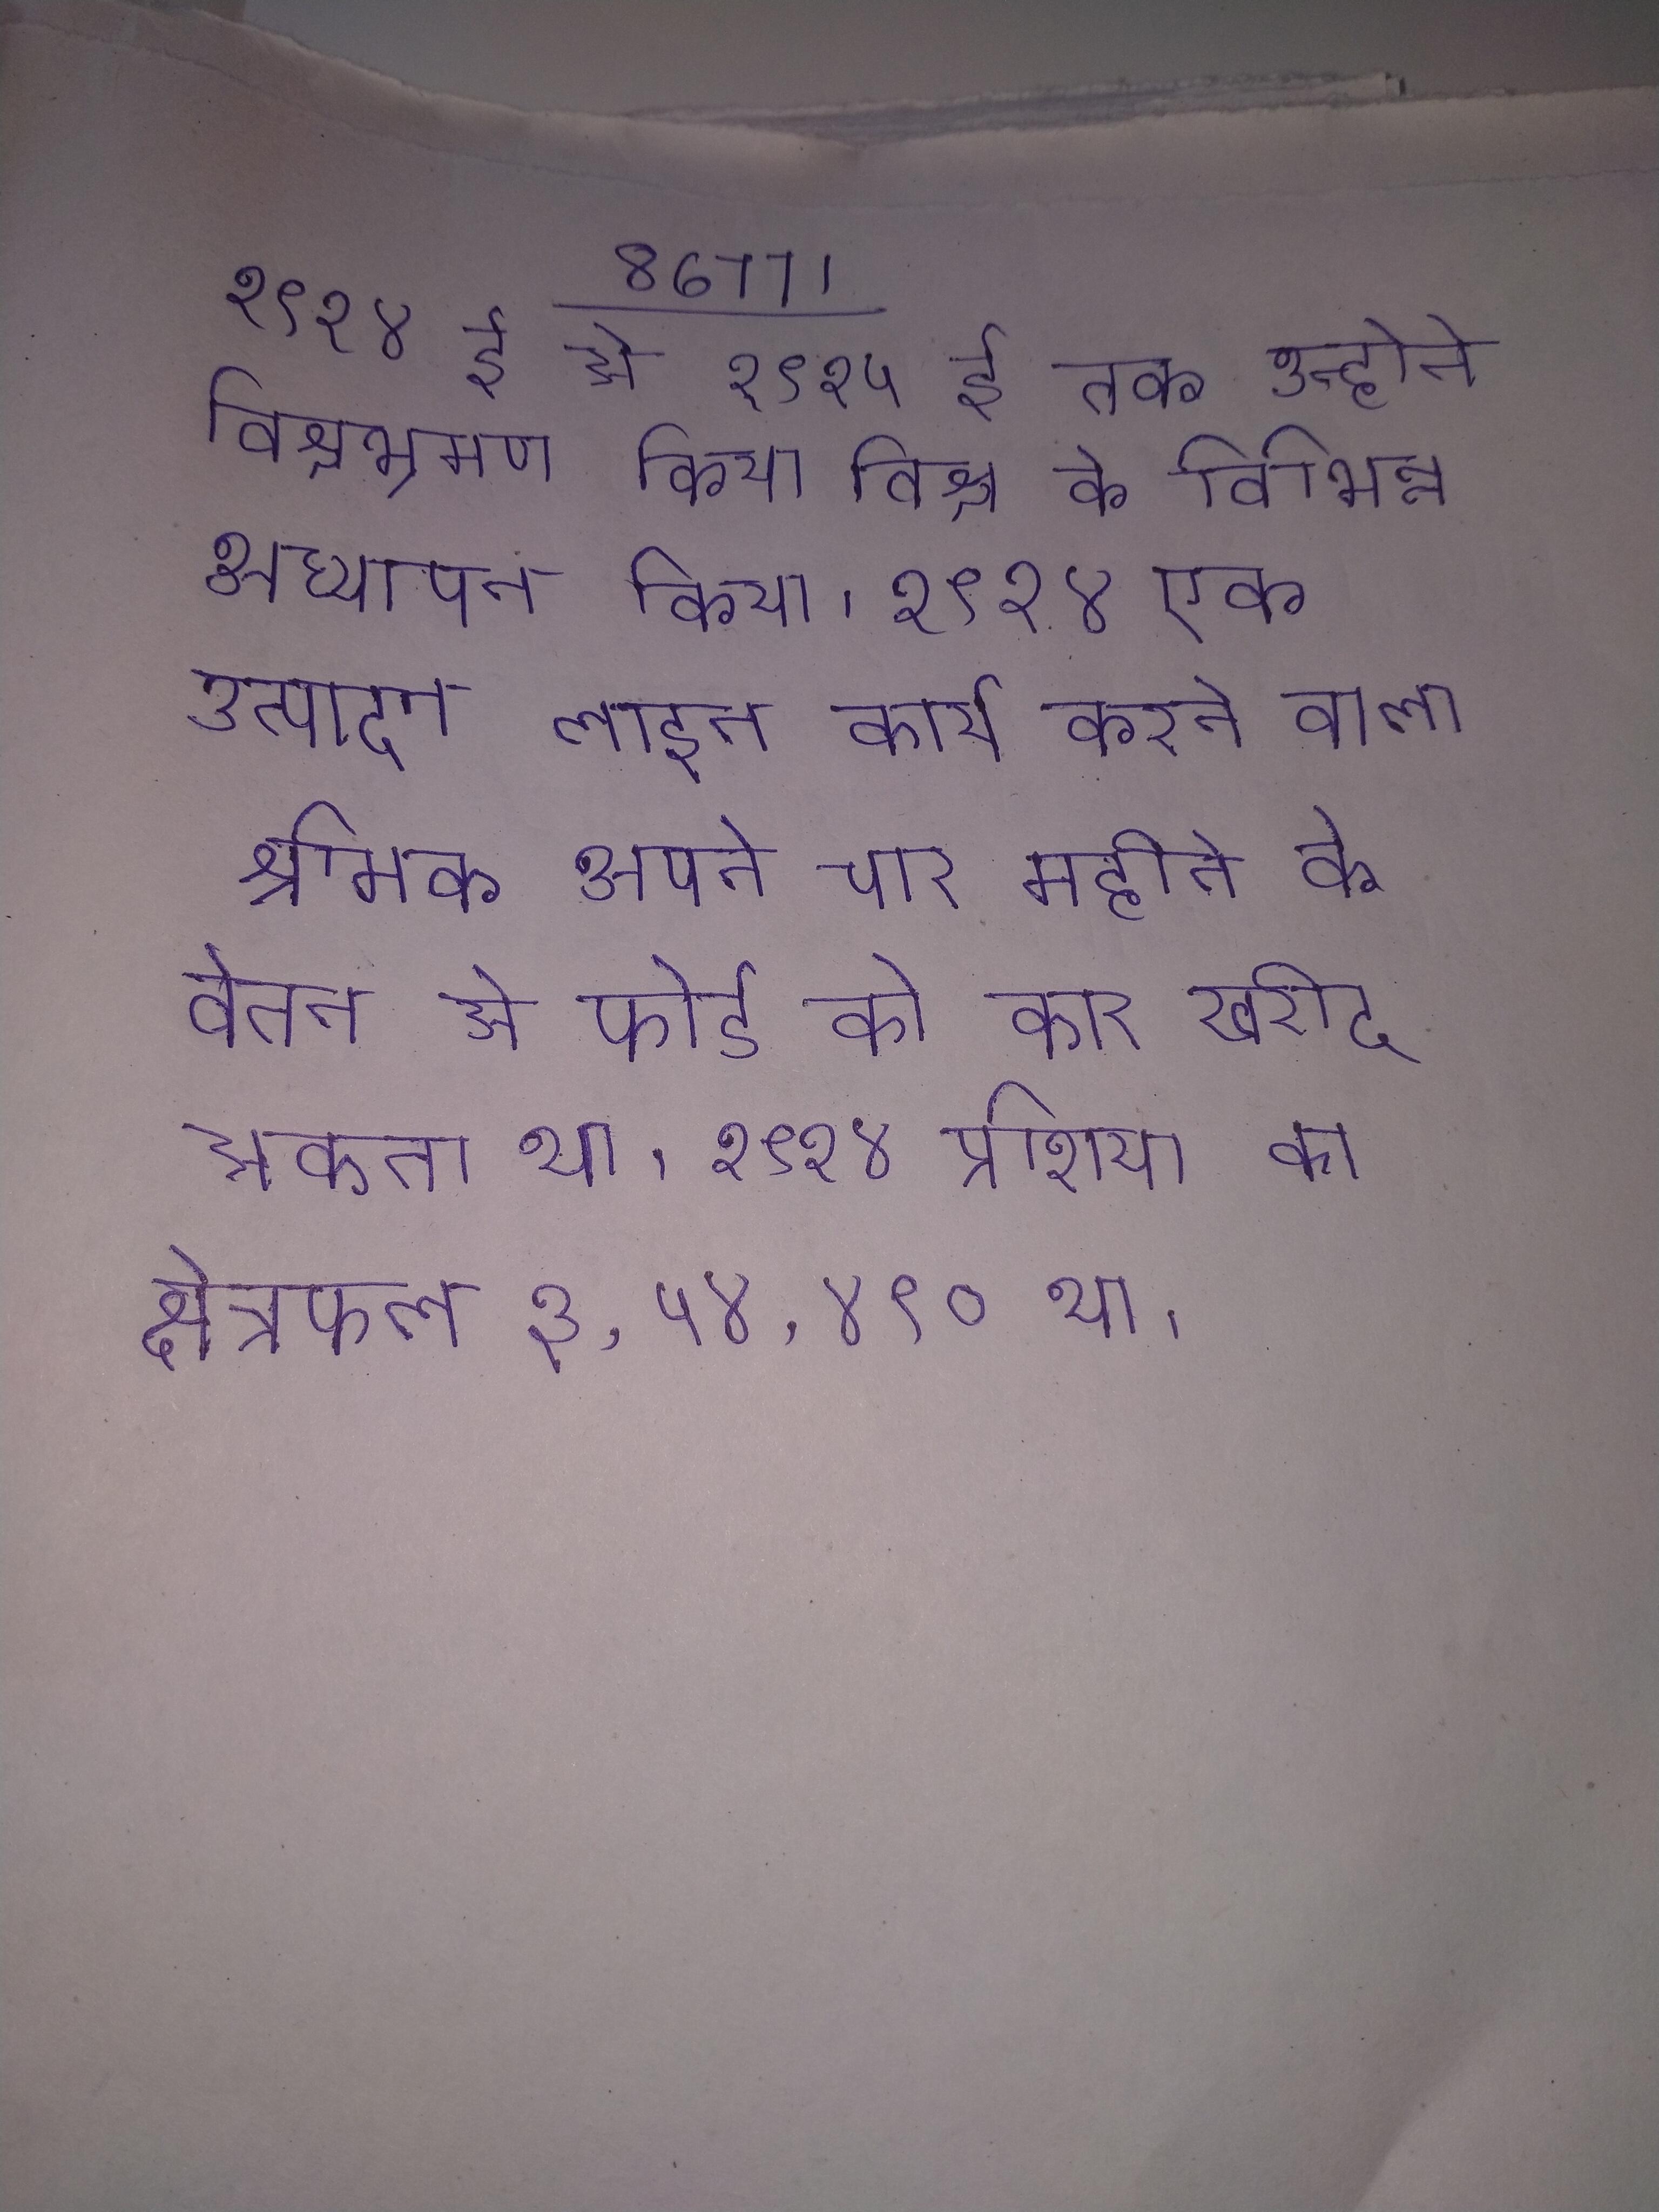
१९१४ ई से १९२५ ई तक उन्होने विश्वभ्रमण किया विश्व के विभिन्न अध्यापन किया । १९१४ एक उत्पादन लाइन कार्य करने वाला श्रमिक अपने चार महीने के वेतन से फोर्ड की कार खरीद सकता था । १९१४ प्रशिया का क्षेत्रफल ३,५४,४९० था ।